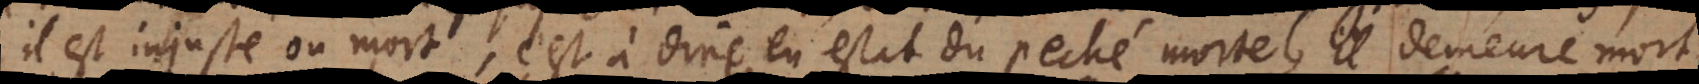
il est injuste ou mort, c’est à dire en estat de peché mortel, il demeure mort,